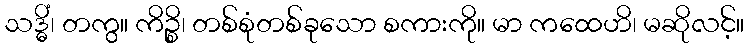
သဒ္ဓိံ၊ တကွ။ ကိဉ္စိ၊ တစ်စုံတစ်ခုသော စကားကို။ မာ ကထေဟိ၊ မဆိုလင့်။